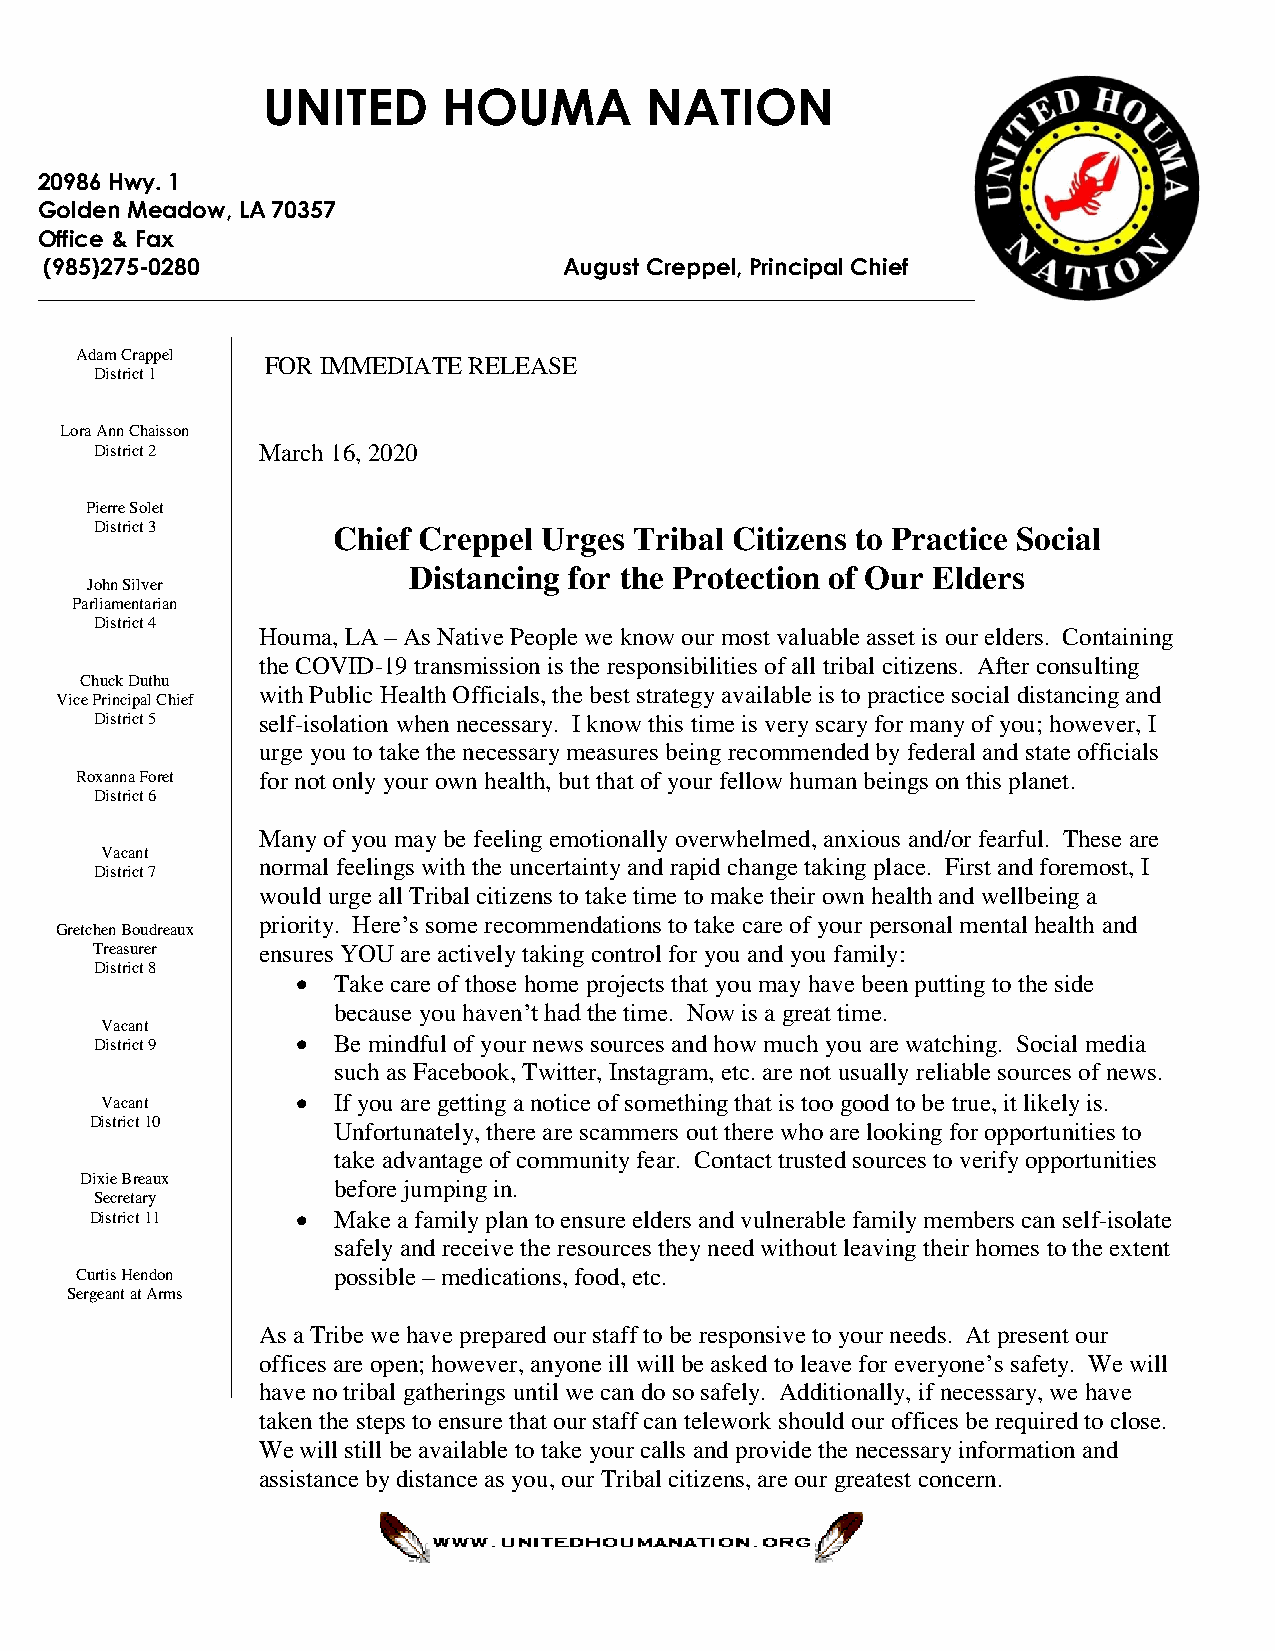
UNITED      HOUMA         NATION
 20986 Hwy. 1
 Golden Meadow, LA 70357
 Office & Fax
 (985)275-0280                     August Creppel, Principal Chief
 Adam Crappel
 F OR IM MEDIATE RELEASE
 District 1
 Lora Ann Chaisson
 District 2 M arch 16, 2020
 Pierre Solet
 District 3      Chief Creppel Urges Tribal Citizens to Practice Social
 Distancing for the Protection of Our Elders
 John Silver
 Parliamentarian
 District 4
 Houma, LA – As Native People we know our most valuable asset is our elders. Containing
 the COVID-19 transmission is the responsibilities of all tribal citizens. After consulting
 Chuck Duthu
 Vice Principal Chief
 with Public Health Officials, the best strategy available is to practice social distancing and
 District 5 self-isolation when necessary. I know this time is very scary for many of you; however, I
 urge you to take the necessary measures being recommended by federal and state officials
 Roxanna Foret for not only your own health, but that of your fellow human beings on this planet.
 District 6
 Many of you may be feeling emotionally overwhelmed, anxious and/or fearful. These are
 Vacant
 normal feelings with the uncertainty and rapid change taking place. First and foremost, I
 District 7
 would urge all Tribal citizens to take time to make their own health and wellbeing a
 priority. Here’s some recommendations to take care of your personal mental health and
 Gretchen Boudreaux
 Treasurer  ensures YOU are actively taking control for you and you family:
 District 8
  Take care of those home projects that you may have been putting to the side
 because you haven’t had the time. Now is a great time.
 Vacant
 District 9     Be mindful of your news sources and how much you are watching. Social media
 such as Facebook, Twitter, Instagram, etc. are not usually reliable sources of news.
 Vacant        If you are getting a notice of something that is too good to be true, it likely is.
 District 10
 Unfortunately, there are scammers out there who are looking for opportunities to
 take advantage of community fear. Contact trusted sources to verify opportunities
 Dixie Breaux
 before jumping in.
 Secretary
 District 11    Make a family plan to ensure elders and vulnerable family members can self-isolate
 safely and receive the resources they need without leaving their homes to the extent
 Curtis Hendon    possible – medications, food, etc.
 Sergeant at Arms
 As a Tribe we have prepared our staff to be responsive to your needs. At present our
 offices are open; however, anyone ill will be asked to leave for everyone’s safety. We will
 have no tribal gatherings until we can do so safely. Additionally, if necessary, we have
 taken the steps to ensure that our staff can telework should our offices be required to close.
 We will still be available to take your calls and provide the necessary information and
 assistance by distance as you, our Tribal citizens, are our greatest concern.